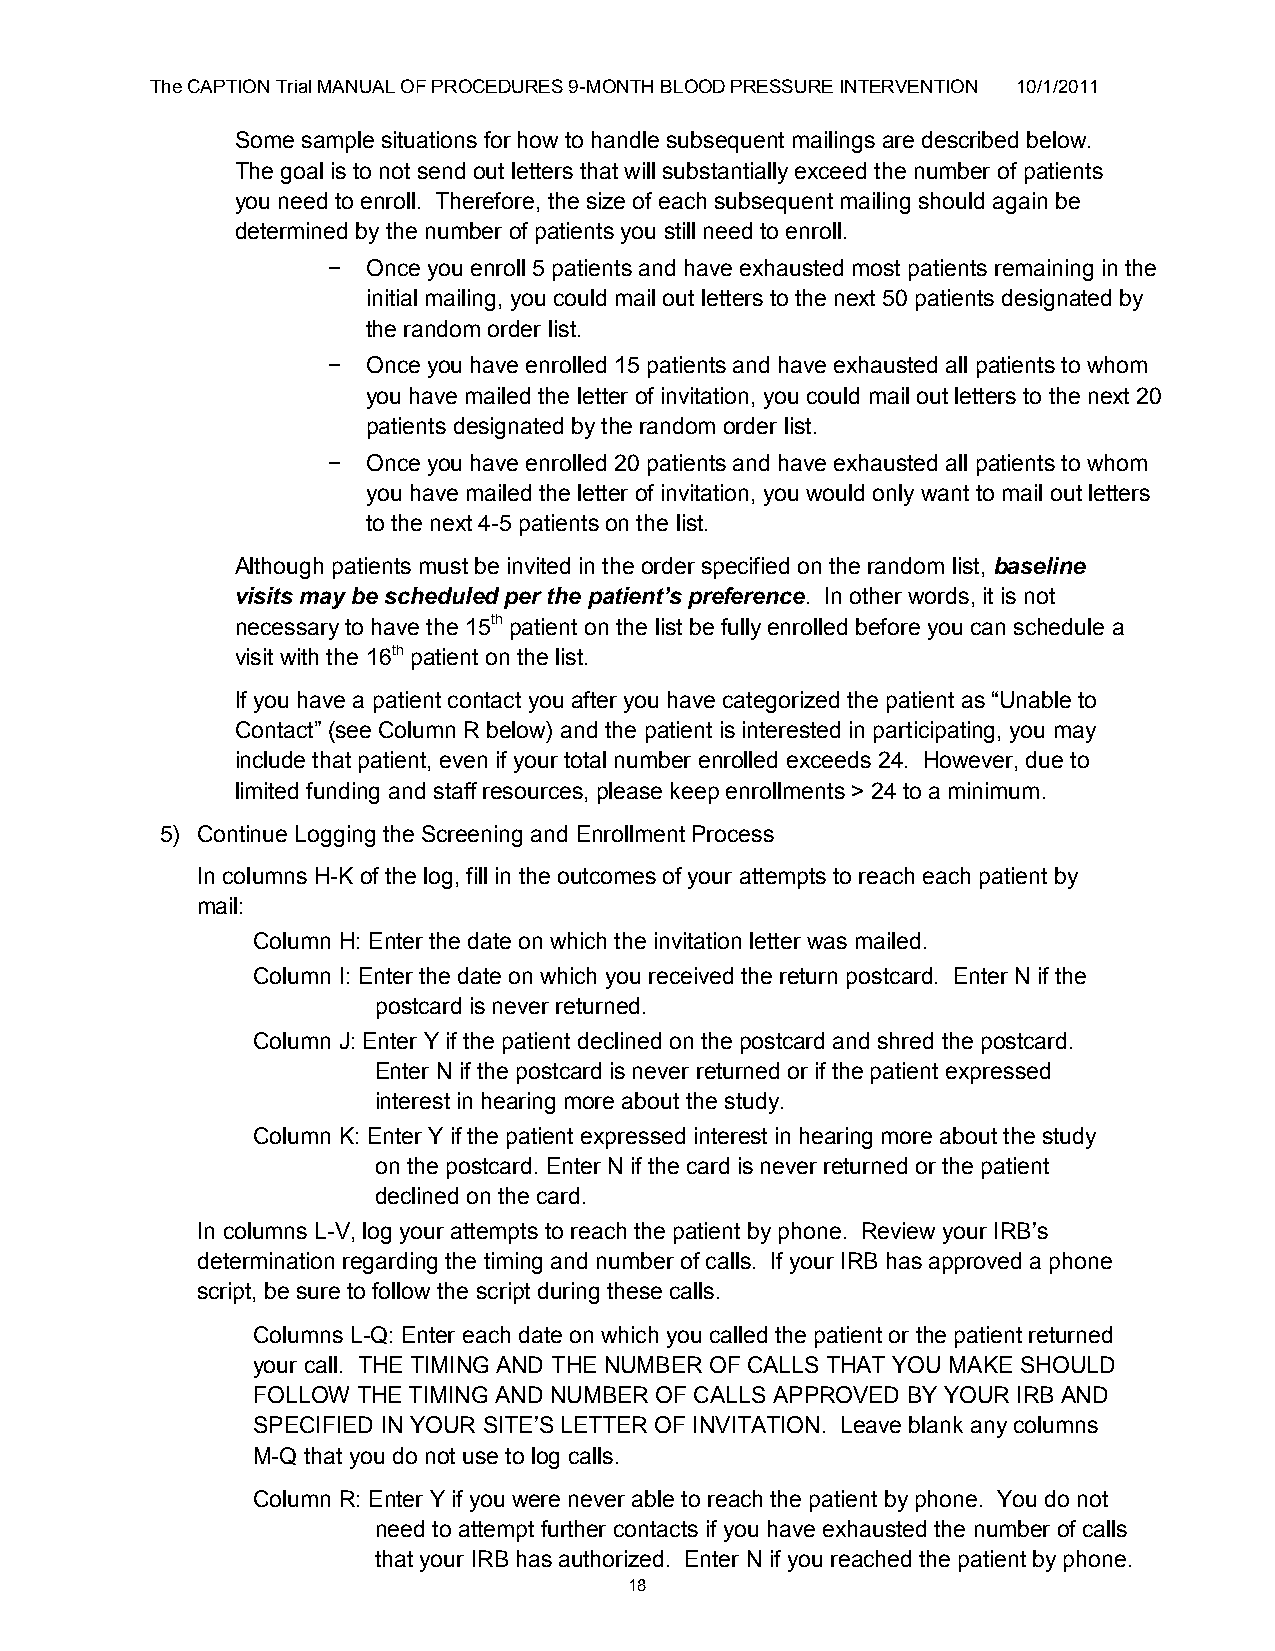
The CAPTION Trial MANUAL OF PROCEDURES 9-MONTH BLOOD PRESSURE INTERVENTION 10/1/2011
 Some sample situations for how to handle subsequent mailings are described below.
 The goal is to not send out letters that will substantially exceed the number of patients
 you need to enroll. Therefore, the size of each subsequent mailing should again be
 determined by the number of patients you still need to enroll.
 − Once you enroll 5 patients and have exhausted most patients remaining in the
 initial mailing, you could mail out letters to the next 50 patients designated by
 the random order list.
 − Once you have enrolled 15 patients and have exhausted all patients to whom
 you have mailed the letter of invitation, you could mail out letters to the next 20
 patients designated by the random order list.
 − Once you have enrolled 20 patients and have exhausted all patients to whom
 you have mailed the letter of invitation, you would only want to mail out letters
 to the next 4-5 patients on the list.
 Although patients must be invited in the order specified on the random list, baseline
 visits may be scheduled per the patient’s preference. In other words, it is not
 necessary to have the 15th patient on the list be fully enrolled before you can schedule a
 visit with the 16th patient on the list.
 If you have a patient contact you after you have categorized the patient as “Unable to
 Contact” (see Column R below) and the patient is interested in participating, you may
 include that patient, even if your total number enrolled exceeds 24. However, due to
 limited funding and staff resources, please keep enrollments > 24 to a minimum.
 5) Continue Logging the Screening and Enrollment Process
 In columns H-K of the log, fill in the outcomes of your attempts to reach each patient by
 mail:
 Column H: Enter the date on which the invitation letter was mailed.
 Column I: Enter the date on which you received the return postcard. Enter N if the
 postcard is never returned.
 Column J: Enter Y if the patient declined on the postcard and shred the postcard.
 Enter N if the postcard is never returned or if the patient expressed
 interest in hearing more about the study.
 Column K: Enter Y if the patient expressed interest in hearing more about the study
 on the postcard. Enter N if the card is never returned or the patient
 declined on the card.
 In columns L-V, log your attempts to reach the patient by phone. Review your IRB‟s
 determination regarding the timing and number of calls. If your IRB has approved a phone
 script, be sure to follow the script during these calls.
 Columns L-Q: Enter each date on which you called the patient or the patient returned
 your call. THE TIMING AND THE NUMBER OF CALLS THAT YOU MAKE SHOULD
 FOLLOW THE TIMING AND NUMBER OF CALLS APPROVED BY YOUR IRB AND
 SPECIFIED IN YOUR SITE‟S LETTER OF INVITATION. Leave blank any columns
 M-Q that you do not use to log calls.
 Column R: Enter Y if you were never able to reach the patient by phone. You do not
 need to attempt further contacts if you have exhausted the number of calls
 that your IRB has authorized. Enter N if you reached the patient by phone.
 18